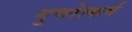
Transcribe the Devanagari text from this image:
गुणोत्कर्ष